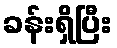
ခန်းရှိပြီး